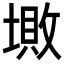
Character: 𡏯